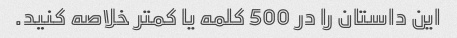
این داستان را در 500 کلمه یا کمتر خلاصه کنید.